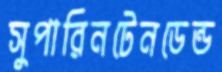
সুপারিনটেনডেন্ড